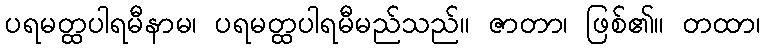
ပရမတ္ထပါရမီနာမ၊ ပရမတ္ထပါရမီမည်သည်။ ဇာတာ၊ ဖြစ်၏။ တထာ၊